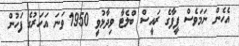
އެހެން ނަމަވެސް ފީފާގެ ރައީސް ބްލެޓާ ވިދާޅުވީ 1950 ވަނަ އަހަރުގެ ފަހުން